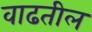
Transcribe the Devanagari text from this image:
वाढतील